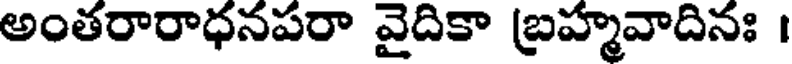
అంతరారాధనపరా వైదికా బ్రహ్మవాదినః ।